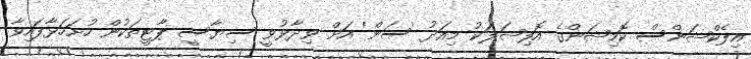
އިލެކްޝަންސް ކޮމިޝަންގެ އޮފިޝަލަކު މިއަދު 'ސަން' އަށް ވިދާޅުވީ ސިޔާސީ ޕާޓީތަކުން ހުށަހަޅާފައިވާ